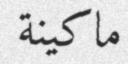
ماكينة